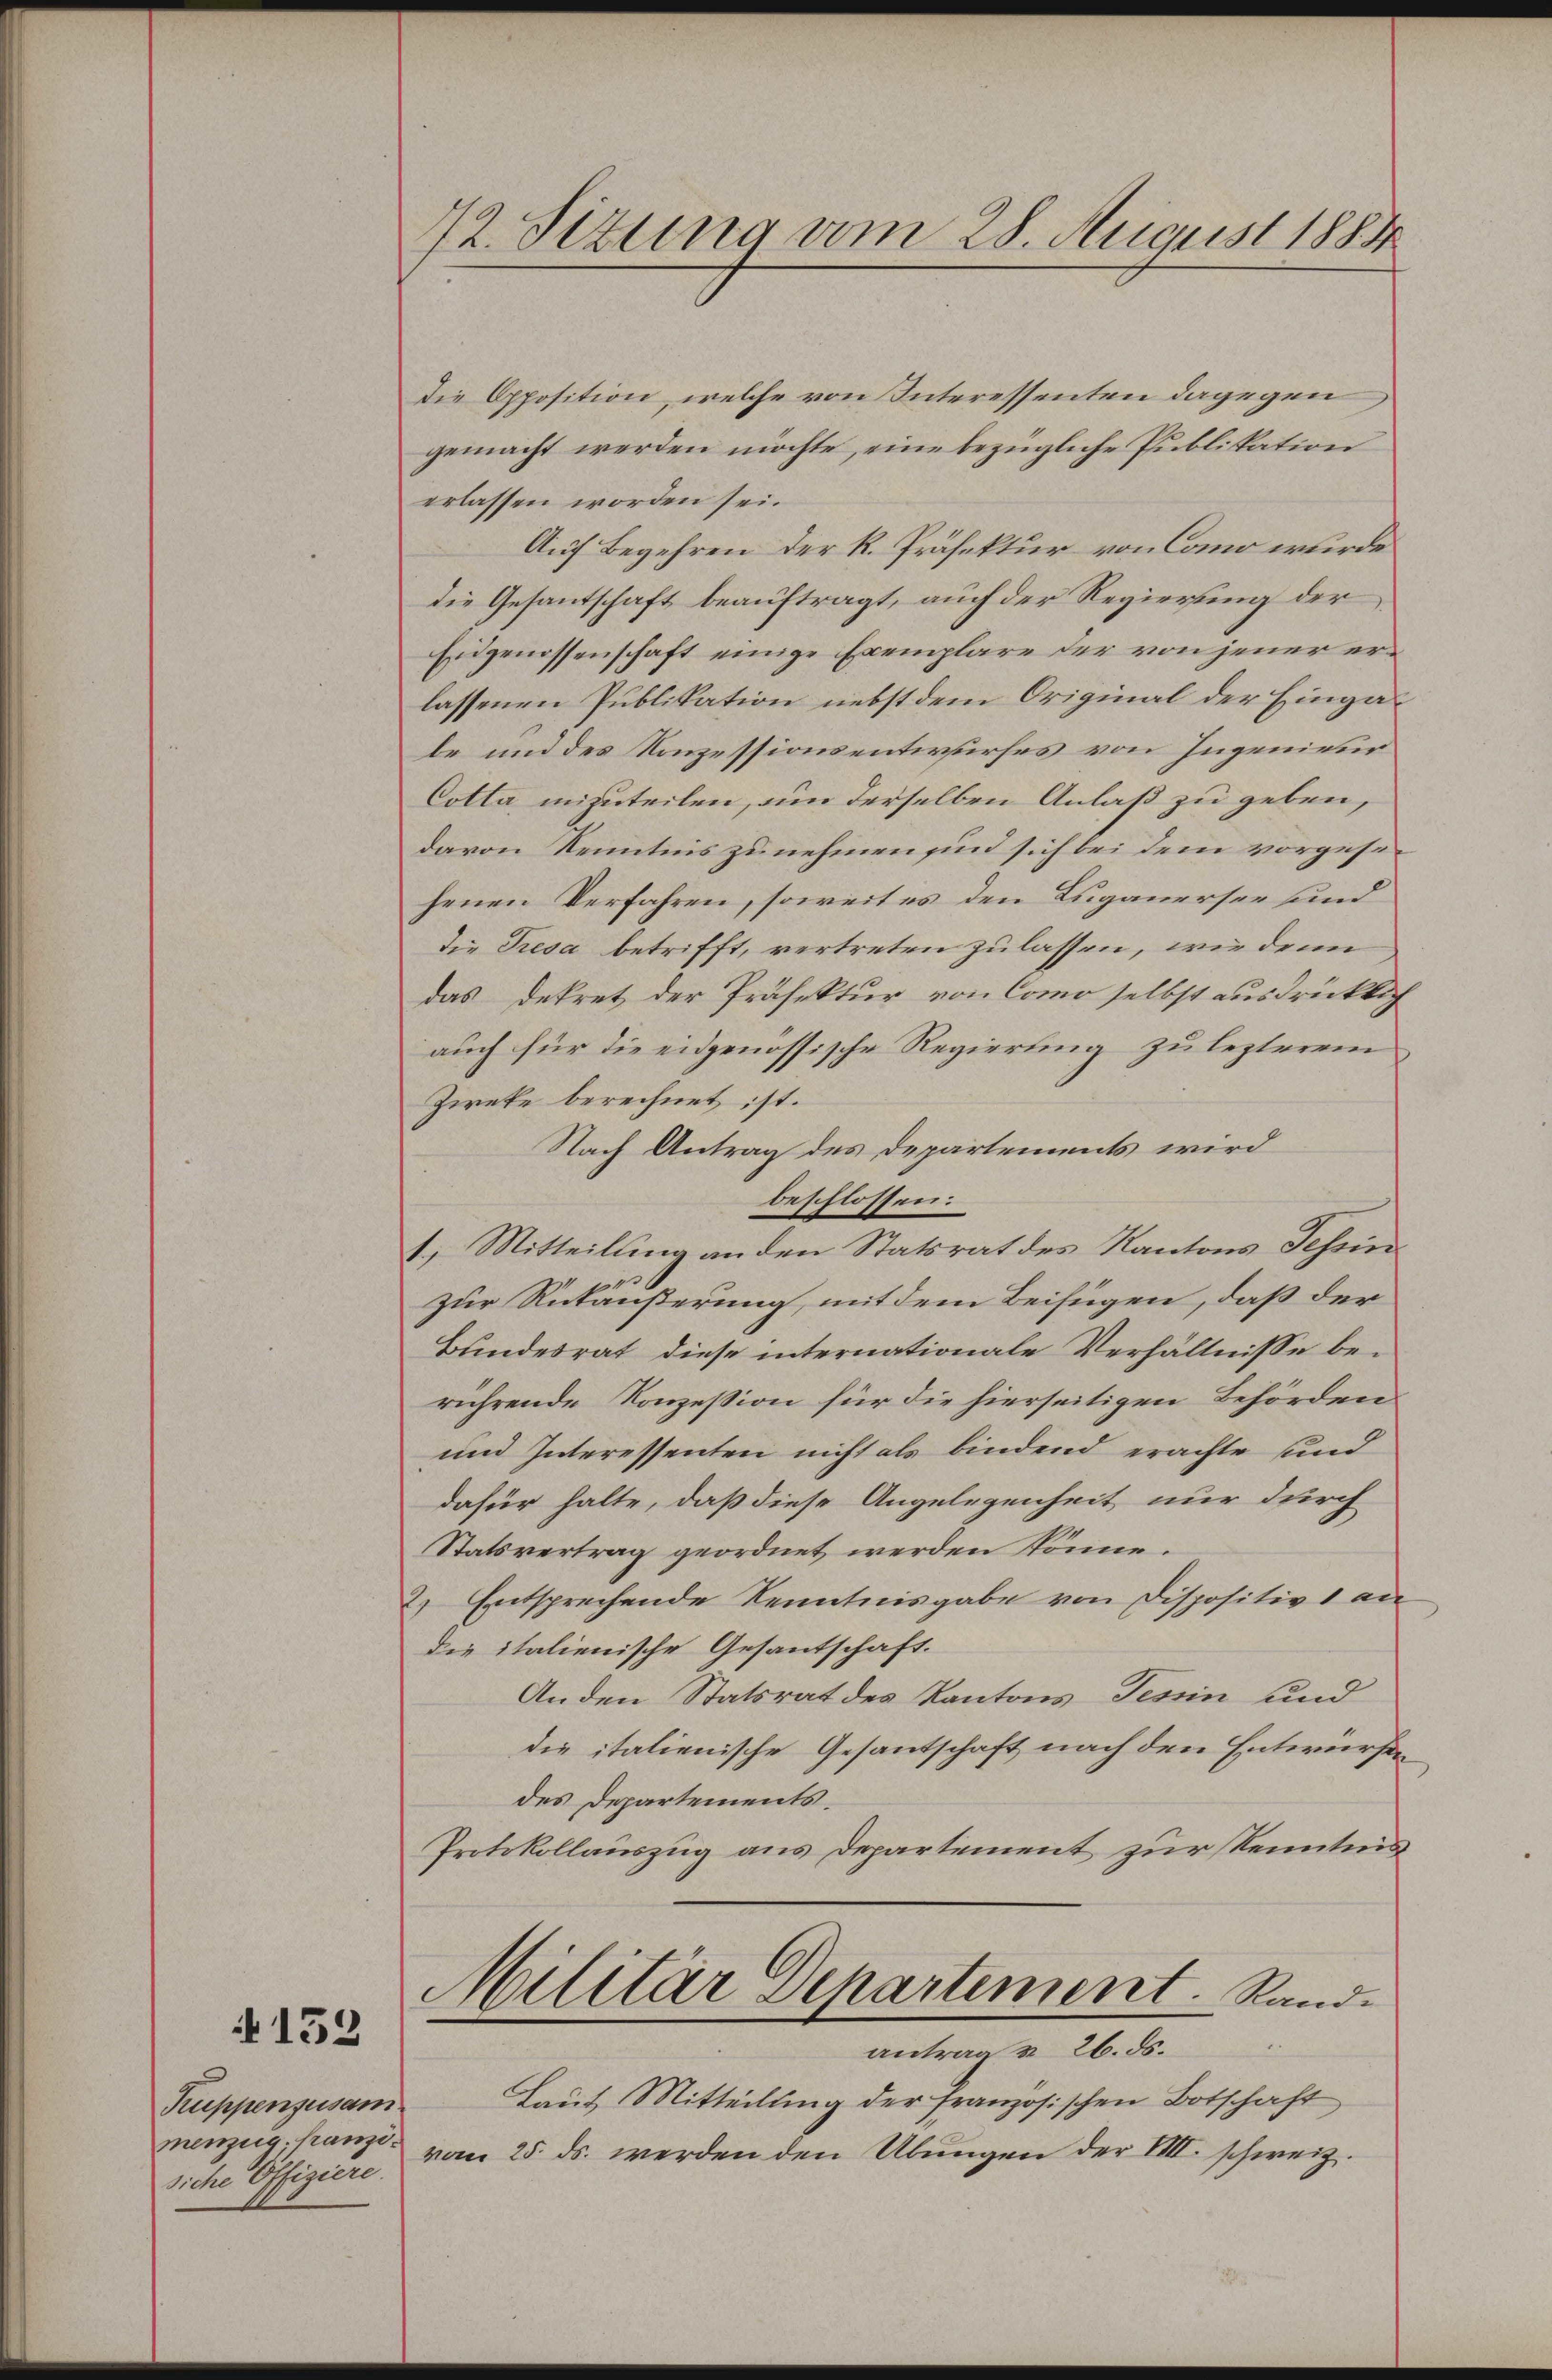
Truppenzusam
menzug, franzisiche Offiziere.

152

72. Sizung vom 28. August 1883

Die Opposition, welche von Interessenten dagegen
gemacht werden möchte, eine bezügliche Publikation
erlassen worden sei.
Auf Begehren der k. Präfektur von Como wurde
die Gesantschaft beauftragt, auch der Regierung der
Eidgenossenschaft einige Exemplare der von jener erlassenen Publikation nebst dem Original der Eingabe und des Konzessionsentwurfes von Ingenieur
Cotta unzuteilen, um derselben Anlaß zu geben,
davon Kenntnis zunehmen in sich bei dem vorgesihenen Verfahren, soweit es den Luganersee und
die Tresa betrifft, vertreten zulassen, wie denn
das Dekret der Präfektur von Como selbst ausdrücklich
auch für die eidgenössische Regierung zu lezterem
Zieke berechnet ist.
Nach Antrag des Departements wird
beschlossen:
I. Mitteilung an den Statsrat des Kantons Tessin
zur Rückäußerung, mit dem Beifügen, daß der
Bundesrat diese internationale Verhältnisse berührende Konzession für die hierseitigen Behörden
und Interessenten nicht als bindend erachte sind
dafür halte, daß diese Angelegenheit nur durch
Statsvertrag geordnet werden könne.
2. Entsprechende Kenntnisgabe von Dispositiv 1 au
die italienische Gesantschaft.
Anden Statsrat des Kantons Tessin und
die italienische Gesantschaft nach den Entwürfen
des Departements.
Protokollauszug aus Departement zur Kenntnis
Militär Departement. Randantrag u. 26. ds.
Laut Mitteilung der französischen Botschaft
vom 25. ds. werden den Übungen der VIII. schweiz.